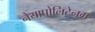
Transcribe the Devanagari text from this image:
नेयापोलिटेनम